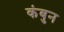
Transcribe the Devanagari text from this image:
कंबुन